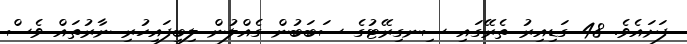
ފަށައެވެ. 48 ގަޑިއިރު ތެރޭގައި ސިނގިރޭޓުގެ ސަބަބުން ގެއްލުން ލިބިފައިހުރި ނާރުތައް ވެސް